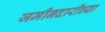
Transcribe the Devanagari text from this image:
जमीनदारीच्या